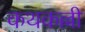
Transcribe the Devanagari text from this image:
कथकल्ली